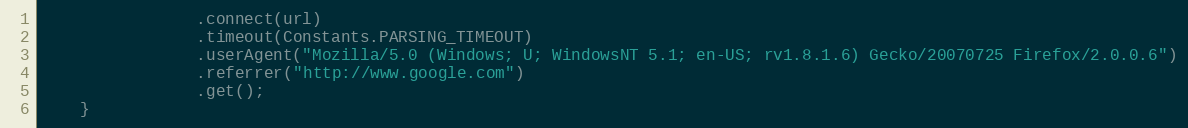
Language: Java
                .connect(url)
                .timeout(Constants.PARSING_TIMEOUT)
                .userAgent("Mozilla/5.0 (Windows; U; WindowsNT 5.1; en-US; rv1.8.1.6) Gecko/20070725 Firefox/2.0.0.6")
                .referrer("http://www.google.com")
                .get();
    }